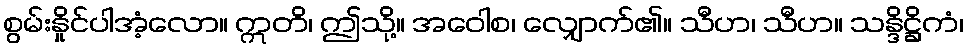
စွမ်းနှိုင်ပါအံ့လော။ ဣတိ၊ ဤသို့။ အဝေါစ၊ လျှောက်၏။ သီဟ၊ သီဟ။ သန္ဒိဋ္ဌိကံ၊